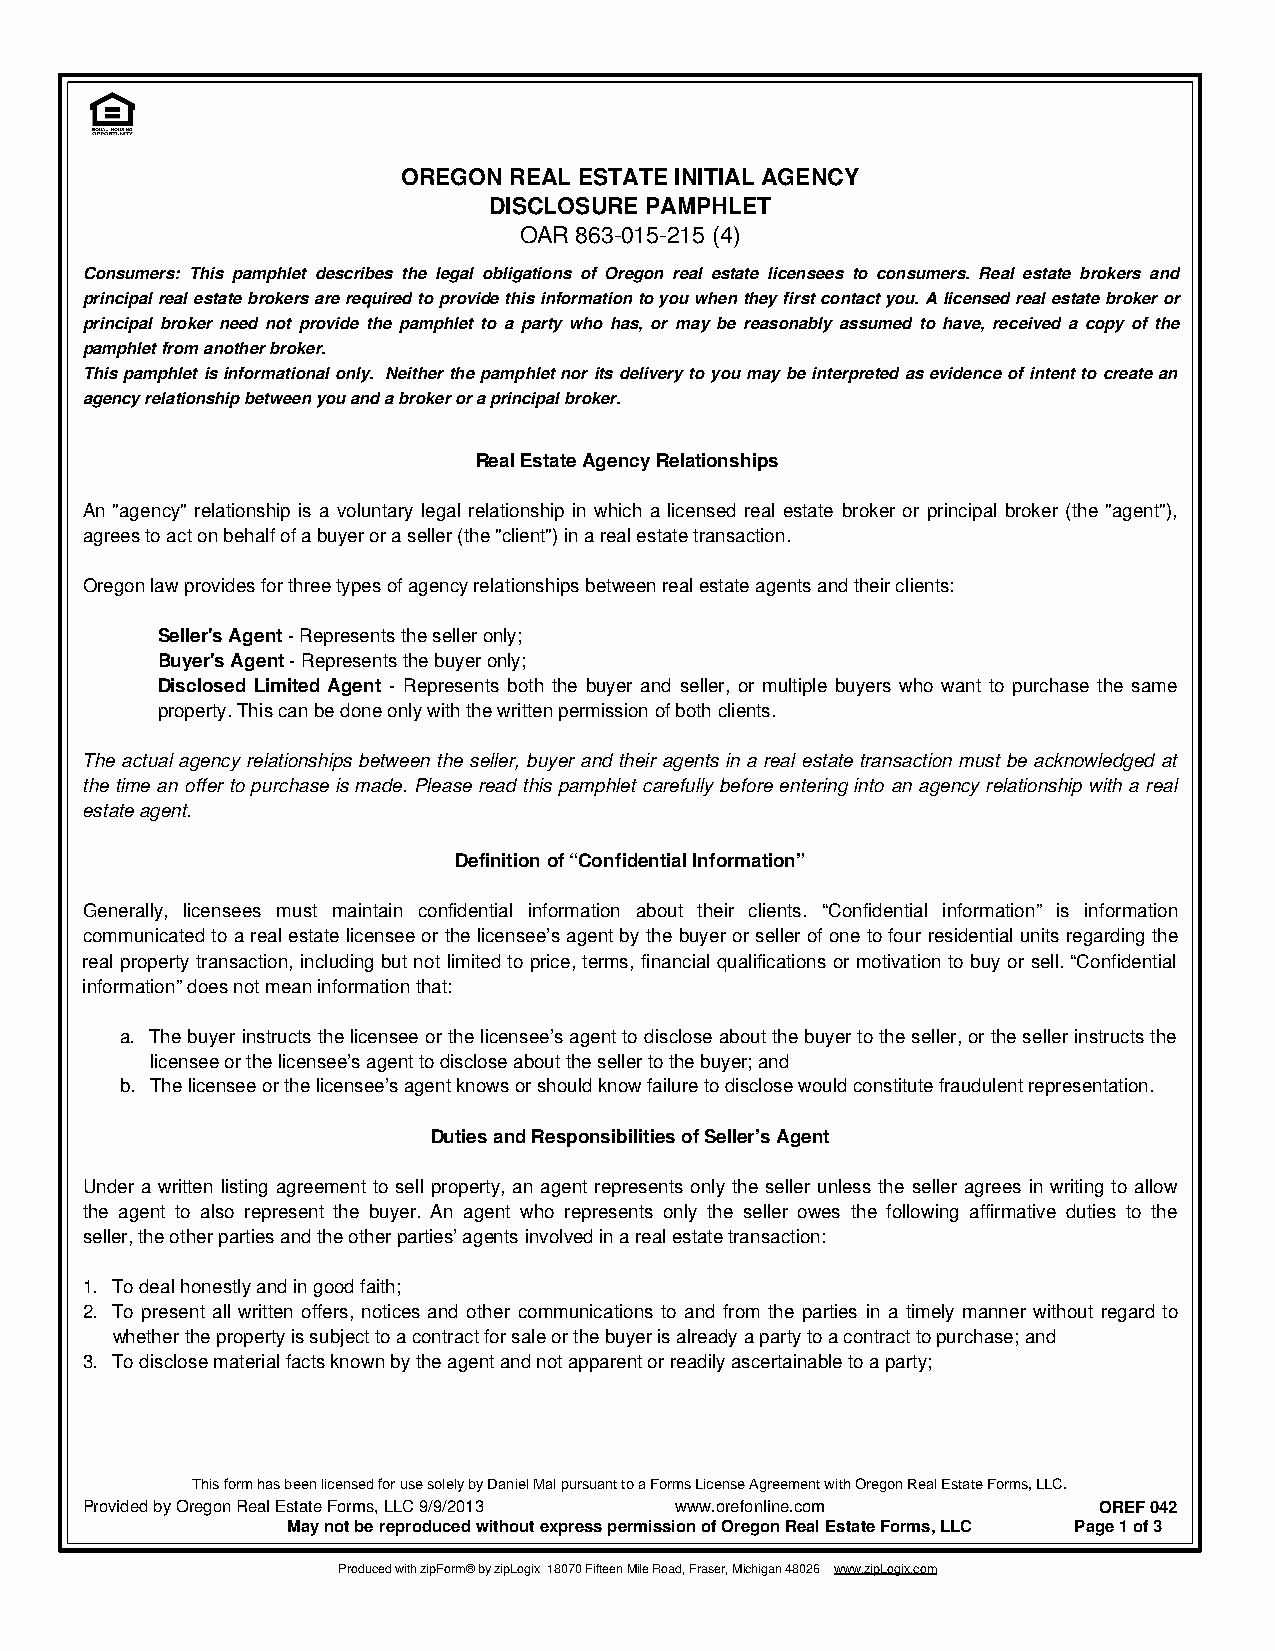
OREGON REAL ESTATE INITIAL AGENCY
 DISCLOSURE PAMPHLET
 OAR 863-015-215 (4)
 Consumers: This pamphlet describes the legal obligations of Oregon real estate licensees to consumers. Real estate brokers and
 principal real estate brokers are required to provide this information to you when they first contact you. A licensed real estate broker or
 principal broker need not provide the pamphlet to a party who has, or may be reasonably assumed to have, received a copy of the
 pamphlet from another broker.
 This pamphlet is informational only. Neither the pamphlet nor its delivery to you may be interpreted as evidence of intent to create an
 agency relationship between you and a broker or a principal broker.
 Real Estate Agency Relationships
 An "agency" relationship is a voluntary legal relationship in which a licensed real estate broker or principal broker (the "agent"),
 agrees to act on behalf of a buyer or a seller (the "client") in a real estate transaction.
 Oregon law provides for three types of agency relationships between real estate agents and their clients:
 Seller's Agent - Represents the seller only;
 Buyer's Agent - Represents the buyer only;
 Disclosed Limited Agent - Represents both the buyer and seller, or multiple buyers who want to purchase the same
 property. This can be done only with the written permission of both clients.
 The actual agency relationships between the seller, buyer and their agents in a real estate transaction must be acknowledged at
 the time an offer to purchase is made. Please read this pamphlet carefully before entering into an agency relationship with a real
 estate agent.
 Definition of “Confidential Information”
 Generally, licensees must maintain confidential information about their clients. “Confidential information” is information
 communicated to a real estate licensee or the licensee’s agent by the buyer or seller of one to four residential units regarding the
 real property transaction, including but not limited to price, terms, financial qualifications or motivation to buy or sell. “Confidential
 information” does not mean information that:
 a. The buyer instructs the licensee or the licensee’s agent to disclose about the buyer to the seller, or the seller instructs the
 licensee or the licensee’s agent to disclose about the seller to the buyer; and
 b. The licensee or the licensee’s agent knows or should know failure to disclose would constitute fraudulent representation.
 Duties and Responsibilities of Seller’s Agent
 Under a written listing agreement to sell property, an agent represents only the seller unless the seller agrees in writing to allow
 the agent to also represent the buyer. An agent who represents only the seller owes the following affirmative duties to the
 seller, the other parties and the other parties’ agents involved in a real estate transaction:
 1. To deal honestly and in good faith;
 2. To present all written offers, notices and other communications to and from the parties in a timely manner without regard to
 whether the property is subject to a contract for sale or the buyer is already a party to a contract to purchase; and
 3. To disclose material facts known by the agent and not apparent or readily ascertainable to a party;
 This form has been licensed for use solely by Daniel Mal pursuant to a Forms License Agreement with Oregon Real Estate Forms, LLC.
 Provided by Oregon Real Estate Forms, LLC 9/9/2013 www.orefonline.com OREF 042
 May not be reproduced without express permission of Oregon Real Estate Forms, LLC Page 1 of 3
 Produced with zipForm® by zipLogix 18070 Fifteen Mile Road, Fraser, Michigan 48026 www.zipLogix.com